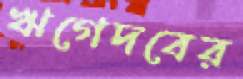
ঋগেদবের